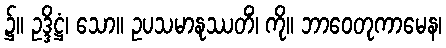
၌။ ဥဒ္ဒိဋ္ဌံ၊ သော။ ဥပသမာနုဿတိံ၊ ကို။ ဘာဝေတုကာမေန၊